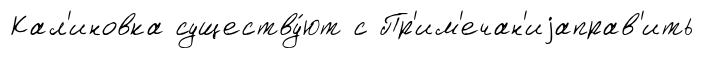
Кал'иновка существу́ют с Пр'им'ечан'иjаправ'ить